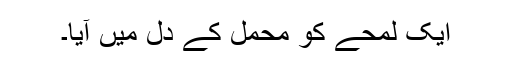
ایک لمحے کو محمل کے دل میں آیا۔